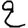
Digit: 2